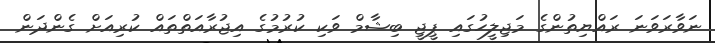
ނަވާރަވަނަ ރައްޔިތުންގެ މަޖިލީހުގައި ޕީޖީ ބިޝާމް ވަކި ކުރުމުގެ އިޖުރާއަތްތައް ކުރިއަށް ގެންދަން